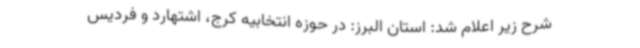
شرح زیر اعلام شد: استان البرز: در حوزه انتخابیه کرج، اشتهارد و فردیس